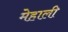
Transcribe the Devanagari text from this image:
मेहाली